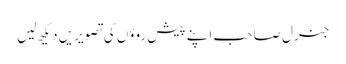
جنرل صاحب اپنے پیش روؤں کی تصویریں دیکھ لیں